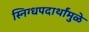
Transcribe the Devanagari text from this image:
स्निग्धपदार्थांमुळे